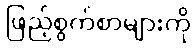
ဖြည့်စွက်စာများကို